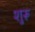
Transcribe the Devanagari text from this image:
शुरू